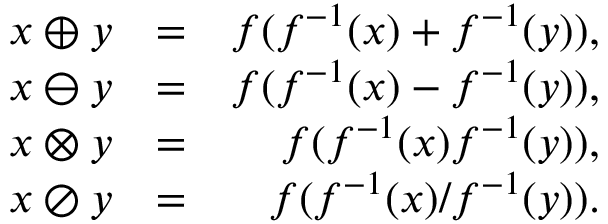
\begin{array} { r l r } { x \oplus y } & { = } & { f ( f ^ { - 1 } ( x ) + f ^ { - 1 } ( y ) ) , } \\ { x \ominus y } & { = } & { f ( f ^ { - 1 } ( x ) - f ^ { - 1 } ( y ) ) , } \\ { x \otimes y } & { = } & { f ( f ^ { - 1 } ( x ) f ^ { - 1 } ( y ) ) , } \\ { x \oslash y } & { = } & { f ( f ^ { - 1 } ( x ) / f ^ { - 1 } ( y ) ) . } \end{array}